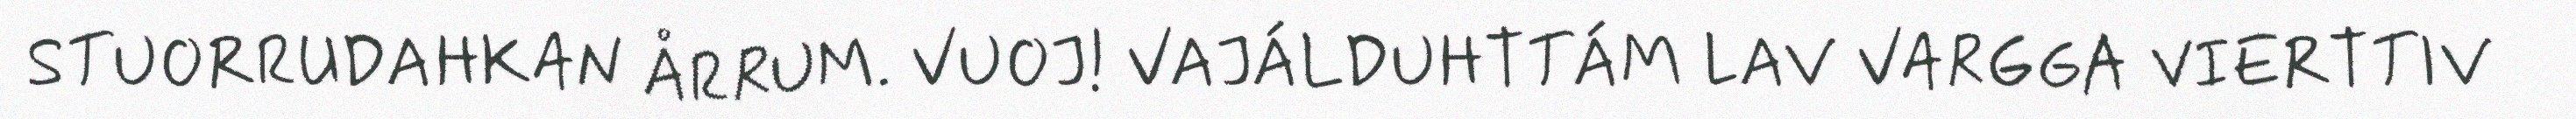
STUORRUDAHKAN ÅRRUM. VUOJ! VAJÁLDUHTTÁM LAV VARGGA VIERTTIV